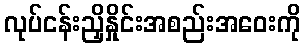
လုပ်ငန်းညှိနှိုင်းအစည်းအဝေးကို